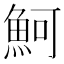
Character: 魺